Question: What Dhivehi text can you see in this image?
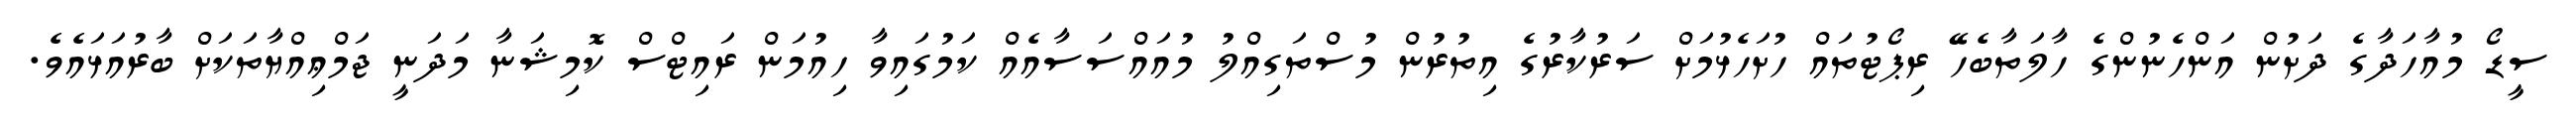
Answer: ސީޑޯ މުއާހަދާގެ ދަށުން އަންހެނުންގެ ހާލަތާބެހޭ ރިޕޯޓުތައް ހުށަހެޅުމަށް ސަރުކާރުގެ އިތުރުން މުސްތަގިއްލު މުއައްސަސާއެއް ކަމުގައިވާ ހިއުމަން ރައިޓްސް ކޮމިޝަނާ މަދަނީ ޖަމްޢިއްޔާތަކަށް ބާރުއަޅައެވެ.